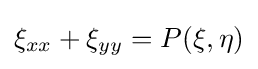
\xi _{xx}+\xi _{yy}=P(\xi ,\eta )